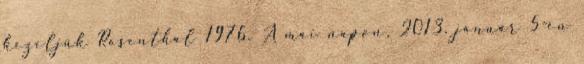
kezeljük Rosenthal 1976. A mai napon, 2013. január 5-én